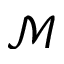
\mathcal { M }